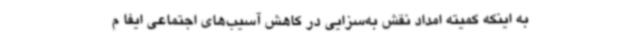
به اینکه کمیته امداد نقش به‌سزایی در کاهش آسیب‌های اجتماعی ایفا م